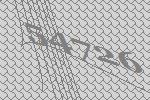
54726